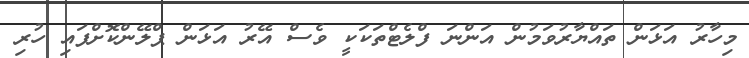
މިހާރު އަޅަން ތައްޔާރުވަމުން އަންނަ ފްލެޓްތަކަކީ ވެސް އޭރު އަޅަން ޕްލޭންކޮށްފައި ހުރި